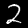
Label: 2